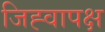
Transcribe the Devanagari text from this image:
जिह्वापक्ष